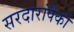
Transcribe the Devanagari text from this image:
सरदारांपैकी